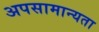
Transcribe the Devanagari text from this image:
अपसामान्यता